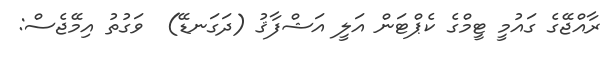
ރާއްޖޭގެ ގައުމީ ޓީމްގެ ކެޕްޓަން އަލީ އަޝްފާޤު (ދަގަނޑޭ)  ވަގުތު އިމޭޖެސް: